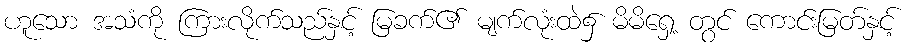
ဟူသော အသံကို ကြားလိုက်သည်နှင့် မြခက်၏ မျက်လုံးထဲ၌ မိမိရှေ့ တွင် ကောင်းမြတ်နှင့်